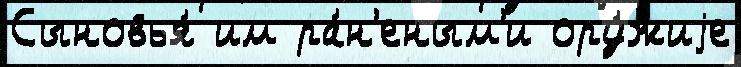
Сыновья́ им ра́н'еным'и ору́жиjе